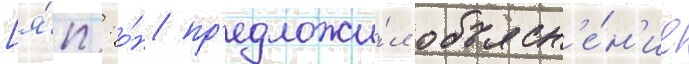
[я́п.: о́н пр'едложи́л объясн'е́н'ие